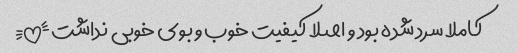
کاملا سرد شده بود و اصلا کیفیت خوب و بوی خوبی نداشت!!!!!!